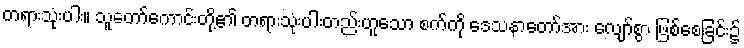
တရားသုံးပါး။ သူတော်ကောင်းတို့၏ တရားသုံးပါးတည်းဟူသော စက်ကို ဒေသနာတော်အား လျော်စွာ ဖြစ်စေခြင်း၌